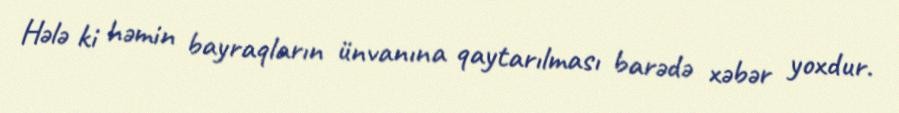
Hələ ki həmin bayraqların ünvanına qaytarılması barədə xəbər yoxdur.